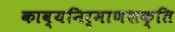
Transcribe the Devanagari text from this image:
काव्यनिर्माणशक्ति